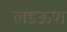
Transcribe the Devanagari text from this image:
लडऊण